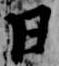
日